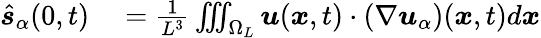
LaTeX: \begin{array}{rl}{\hat{\boldsymbol s}_{\alpha}(0,t)}&{{}=\frac{1}{L^{3}}\iiint_{\Omega_{L}}\boldsymbol u(\boldsymbol x,t)\cdot\left(\nabla\boldsymbol u_{\alpha}\right)(\boldsymbol x,t)d\boldsymbol x}\end{array}